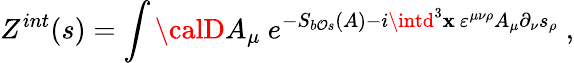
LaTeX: Z^{int}(s)=\int{\calD}A_{\mu}~e^{-S_{b\mathcal{O}s}(A)-i\intd^{3}\mathbf{x}~\varepsilon^{\mu\nu\rho}A_{\mu}\partial_{\nu}s_{\rho}}~,